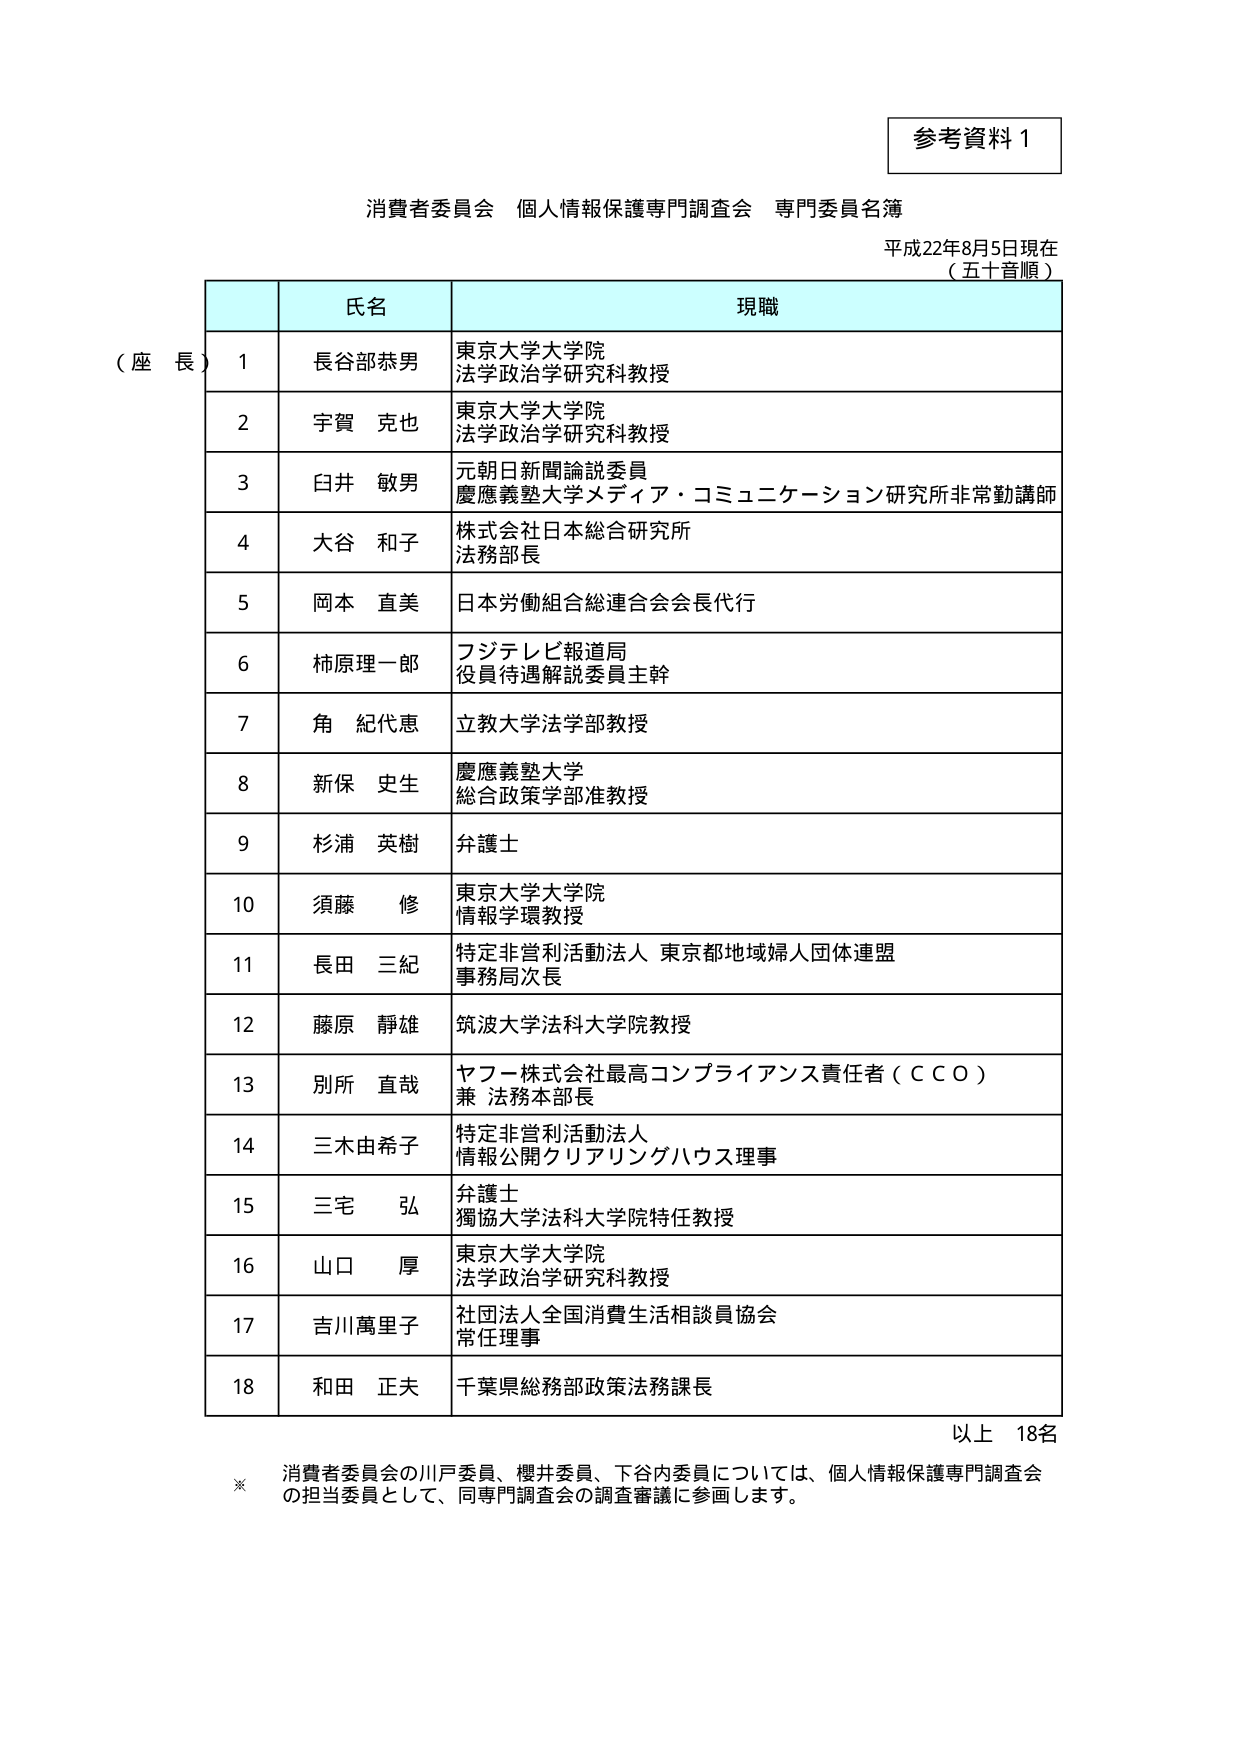
参考資料１

消費者委員会 個人情報保護専門調査会 専門委員名簿
平成22年8月5日現在
（五十音順）

氏名 現職

（座長） 1 長谷部恭男 東京大学大学院
法学政治学研究科教授

2 宇賀 克也 東京大学大学院
法学政治学研究科教授

3 臼井 敏男 元朝日新聞論説委員
慶應義塾大学メディア・コミュニケーション研究所非常勤講師

4 大谷 和子 株式会社日本総合研究所
法務部長

5 岡本 直美 日本労働組合総連合会会長代行

6 柿原理一郎 フジテレビ報道局
役員待遇解説委員主幹

7 角 紀代恵 立教大学法学部教授

8 新保 史生 慶應義塾大学
総合政策学部准教授

9 杉浦 英樹 弁護士

10 須藤 修 東京大学大学院
情報学環教授

11 長田 三紀 特定非営利活動法人 東京都地域婦人団体連盟
事務局次長

12 藤原 静雄 筑波大学法科大学院教授

13 別所 直哉 ヤフー株式会社最高コンプライアンス責任者（ＣＣＯ）
兼 法務本部長

14 三木由希子 特定非営利活動法人
情報公開クリアリングハウス理事

15 三宅 弘 弁護士
獨協大学法科大学院特任教授

16 山口 厚 東京大学大学院
法学政治学研究科教授

17 吉川萬里子 社団法人全国消費生活相談員協会
常任理事

18 和田 正夫 千葉県総務部政策法務課長

以上 18名

※ 消費者委員会の川戸委員、櫻井委員、下谷内委員については、個人情報保護専門調査会
の担当委員として、同専門調査会の調査審議に参画します。